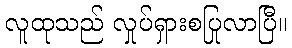
လူထုသည် လှုပ်ရှားစပြုလာပြီ။